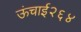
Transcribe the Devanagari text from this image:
ऊंचाई२६४